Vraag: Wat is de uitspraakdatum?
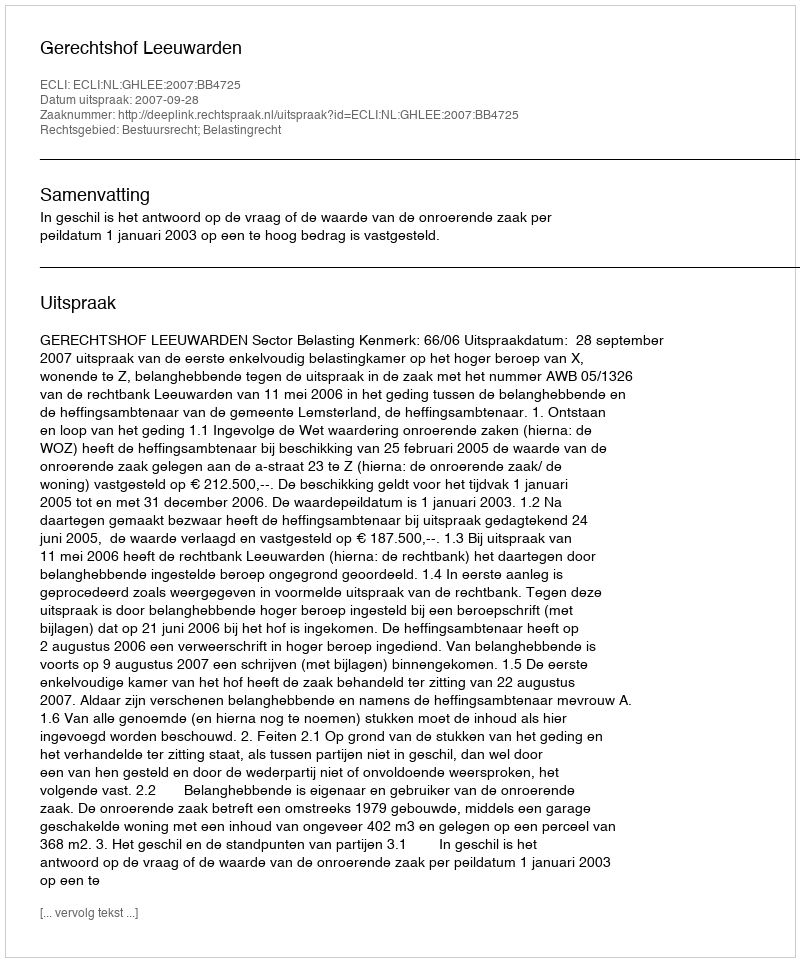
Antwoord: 2007-09-28